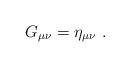
LaTeX: \begin{align*}G_{\mu \nu }=\eta _{\mu \nu }\ . \end{align*}